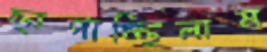
ছাপাচ্ছিলাম